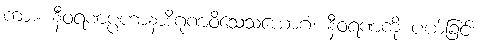
ကား။ နီဝရဏပ္ပဟာနာဒိဂုဏဝိသေသယောဂံ၊ နီဝရဏကို ပယ်ခြင်း